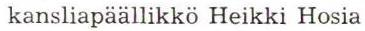
kansliapäällikkö Heikki Hosia